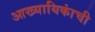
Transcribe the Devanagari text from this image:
आख्यायिकांची